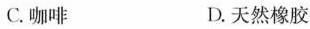
C.咖啡 D.天然橡胶